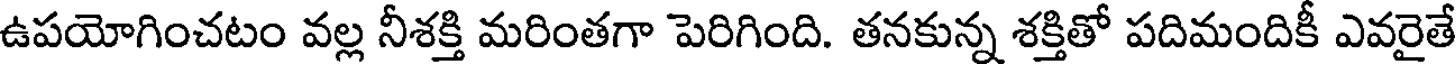
ఉపయోగించటం వల్ల నీశక్తి మరింతగా పెరిగింది. తనకున్న శక్తితో పదిమందికీ ఎవరైతే